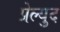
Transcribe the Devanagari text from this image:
प्रेल्युद